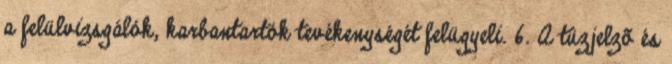
a felülvizsgálók, karbantartók tevékenységét felügyeli. 6. A tûzjelzõ és